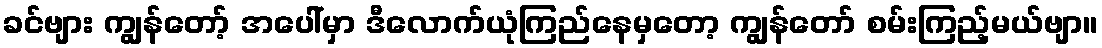
ခင်ဗျား ကျွန်တော့် အပေါ်မှာ ဒီလောက်ယုံကြည်နေမှတော့ ကျွန်တော် စမ်းကြည့်မယ်ဗျာ။